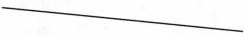
___